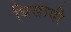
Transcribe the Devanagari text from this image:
धिसादी